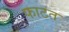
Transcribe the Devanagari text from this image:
फाटत